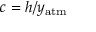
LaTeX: c = h / y _ { \mathrm { a t m } }